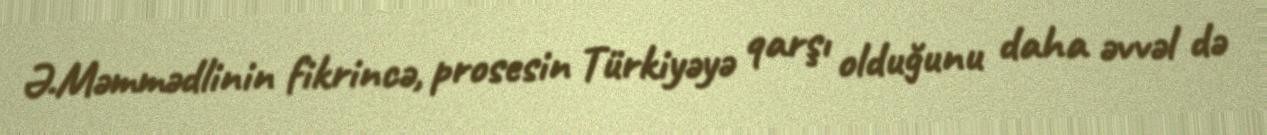
Ə.Məmmədlinin fikrincə, prosesin Türkiyəyə qarşı olduğunu daha əvvəl də